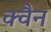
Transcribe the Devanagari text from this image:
क्वैन